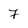
Character: 7